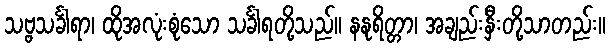
သဗ္ဗသင်္ခါရာ၊ ထိုအလုံးစုံသော သင်္ခါရတို့သည်။ နနုရိတ္တာ၊ အချည်းနှီးတို့သာတည်း။